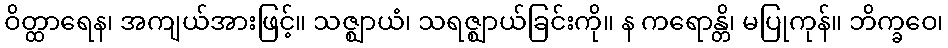
ဝိတ္ထာရေန၊ အကျယ်အားဖြင့်။ သဇ္ဈာယံ၊ သရဇ္ဈာယ်ခြင်းကို။ န ကရောန္တိ၊ မပြုကုန်။ ဘိက္ခဝေ၊